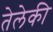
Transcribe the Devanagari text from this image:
तेलेकी